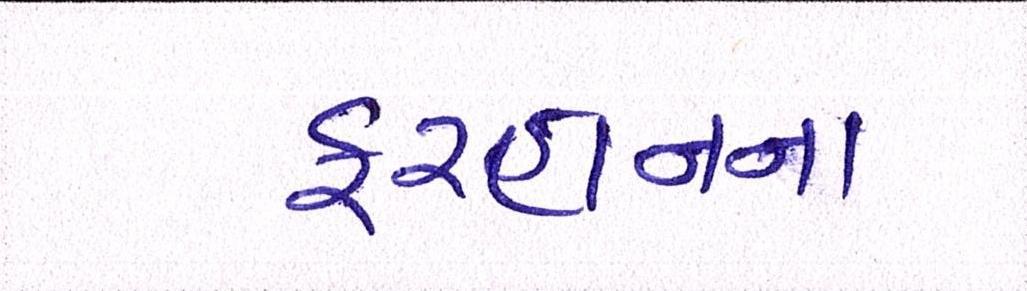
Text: ફરહાનના